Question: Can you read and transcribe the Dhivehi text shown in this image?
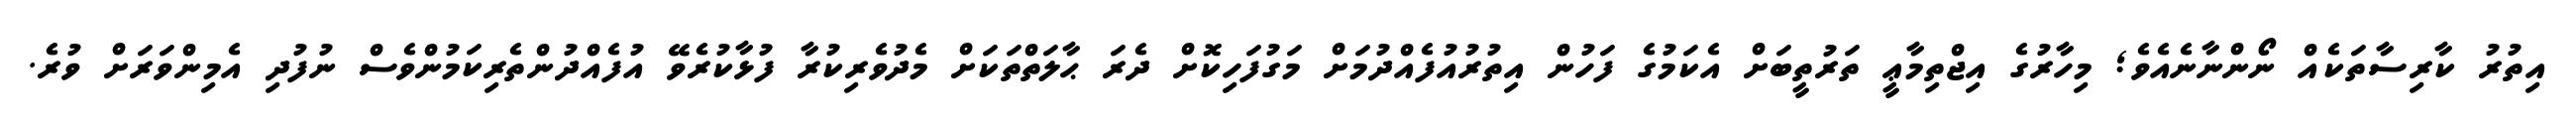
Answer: އިތުރު ކާރިސާތަކެއް ނޯންނާނެއެވެ; މިހާރުގެ އިޖްތިމާޢީ ތަރުތީބަށް އެކަމުގެ ފަހުން އިތުރުއުފެއްދުމަށް މަގުފަހިކޮށް ދެރަ ޙާލަތްތަކަށް މެދުވެރިކުރާ ފުޅާކުރެވޭ އުފެއްދުންތެރިކަމުންވެސް ނުފުދި އެމިންވަރަށް ވުރެ.